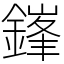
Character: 鎽